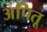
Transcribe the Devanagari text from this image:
अपितू